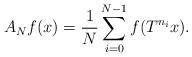
LaTeX: \begin{align*} A_{N}f(x)=\frac{1}{N}\sum_{i=0}^{N-1}f(T^{n_{i}}x).\end{align*}